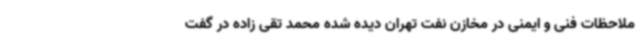
ملاحظات فنی و ایمنی در مخازن نفت تهران دیده شده محمد تقی زاده در گفت